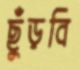
ছুঁড়বি